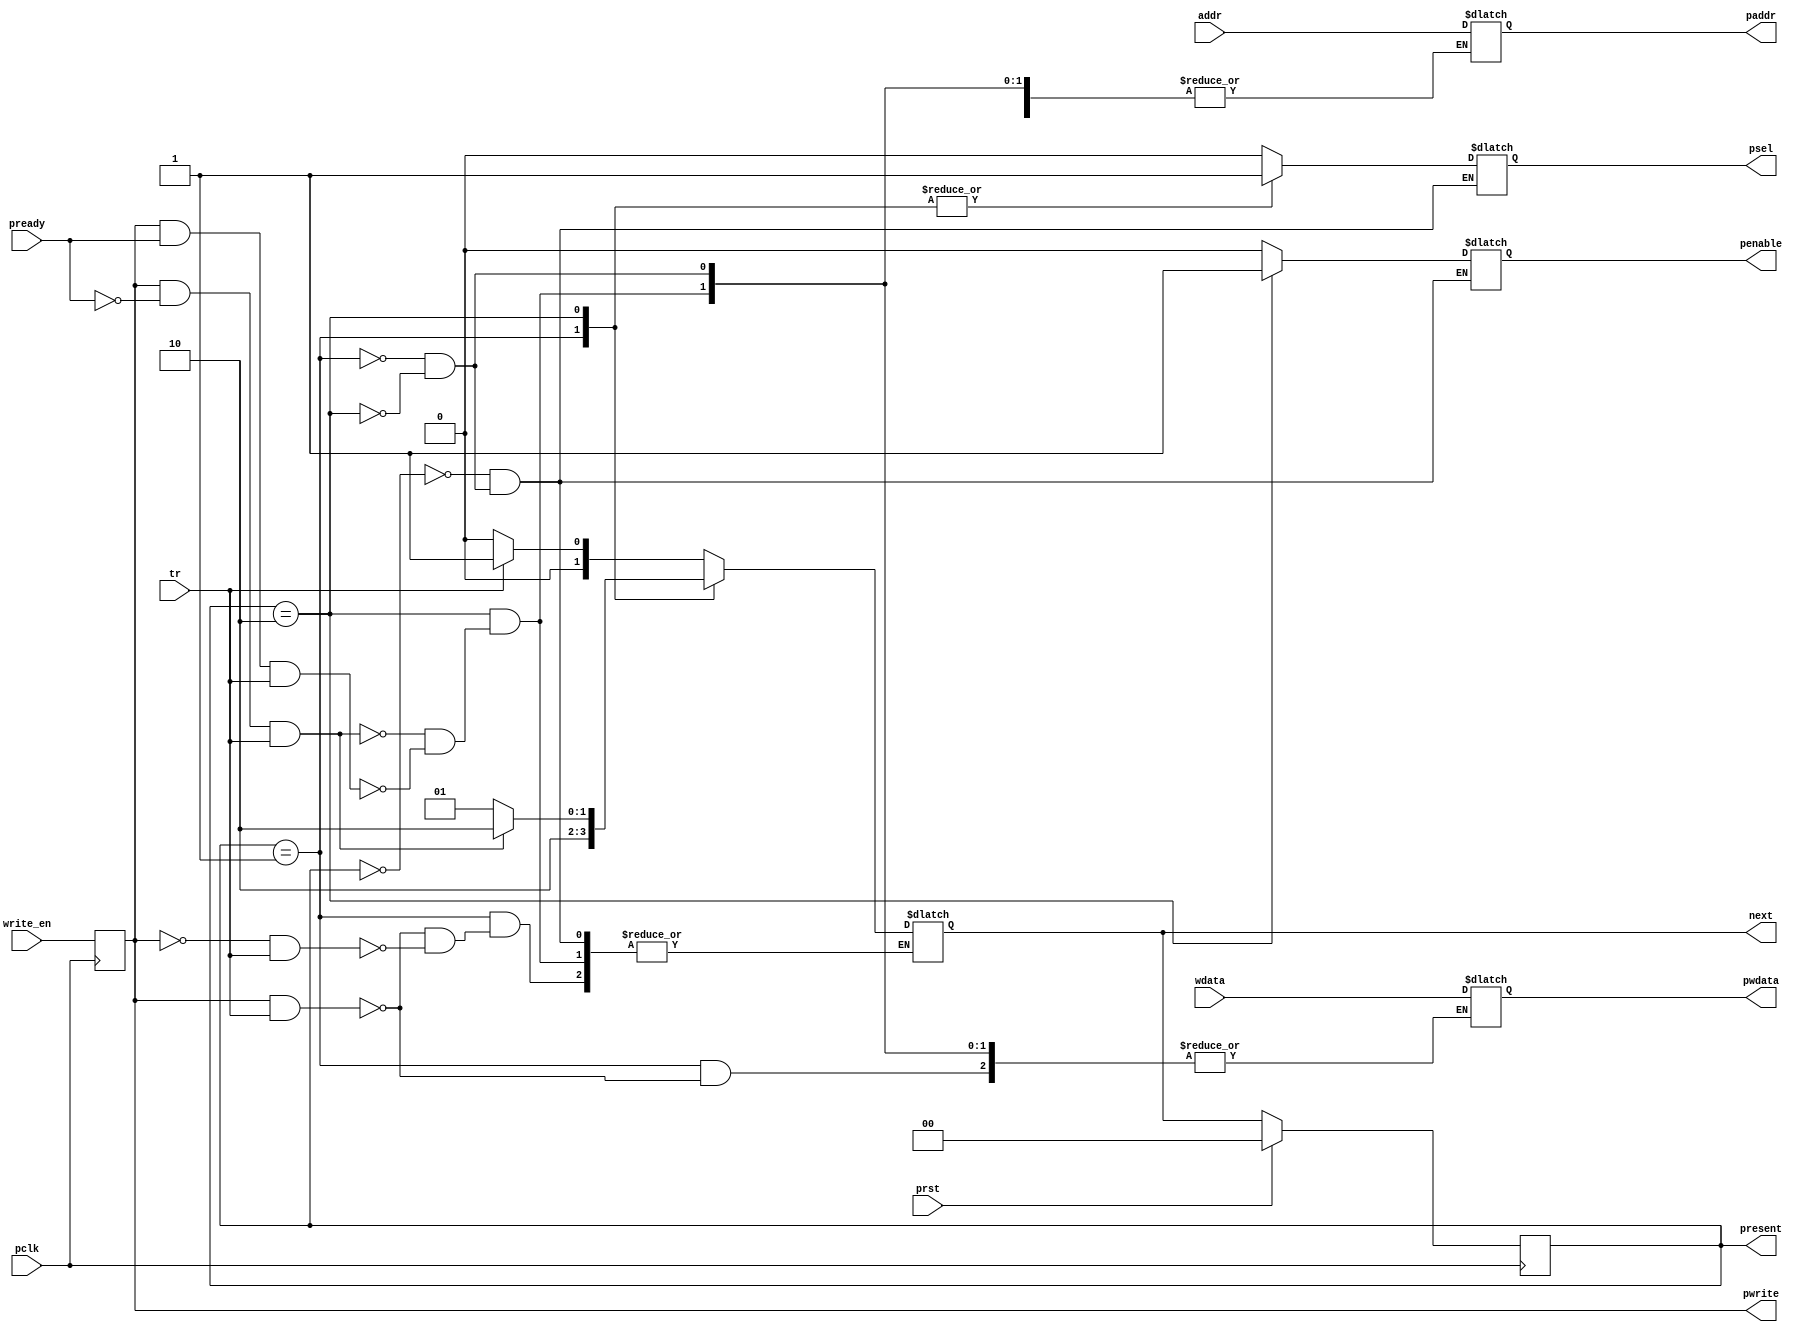
// Code your design here
// Code your design here
module apb(
  pclk,
  prst,
  tr,
  addr,
  wdata,
  write_en,
  //rdata,
  psel,
  penable,
  pready,
  paddr,
  pwdata,
  pwrite,
  //prdata,
  present,
  next);
  
  //reg rdata1;
  
  input pclk,
        prst,
        write_en,
        tr,
        pready;
  
  input [7:0] addr,
              wdata;
    //          prdata;
  
  output reg psel,
         penable,
         pwrite;
  
  output reg [7:0] paddr,
               pwdata;
             //  rdata;
  
  output reg [1:0] present,next;
  
  parameter [1:0] idle=2'b00;
  parameter [1:0] setup=2'b01;
  parameter [1:0] access=2'b10;
  
  
  always @(posedge pclk) begin
    pwrite<=write_en;
    if(prst)
      present<=2'b00;
    else
      present<=next;
  end
  
  
  always @(present,tr,pready) begin
    
    case(present)
    
      idle:begin
        psel=0;
        penable=0;
        
        if(tr==0)
          next<=idle;
        else
          next<=setup;
      end
      
      setup:begin
        psel=1;
        penable=0;
        
        if((pwrite==1)&&(tr==1))begin
          paddr<=addr;
          pwdata<=wdata;
          next<=access;
        end
       else if((pwrite==0)&&(tr==1))begin
          paddr<=addr;
          next<=access;
        end
      end
      
      access:begin
        psel=1;
        penable=1;
        
        if((pwrite==1)&&(pready==0)&&(tr==1))
          begin
          paddr<=addr;
          pwdata<=wdata;
          next<=access;
          end
        
        //else if((pwrite==0)&&(pready==0)&&(tr==1))
          //  begin
            //  paddr<=addr;
              //rdata<=rdata1;
              //next<=access;
            //end
        
        else if((pwrite==1)&&(pready==1)&&(tr==1))
              begin
                paddr<=addr;
                pwdata<=wdata;
                next<=setup;
              end
        
        //else if((pwrite==0)&&(pready==1)&&(tr==1))
          //      begin
            //      paddr<=addr;
              //    rdata<=prdata;
                //  next<=setup;
                //end
      end
    endcase
  end
endmodule